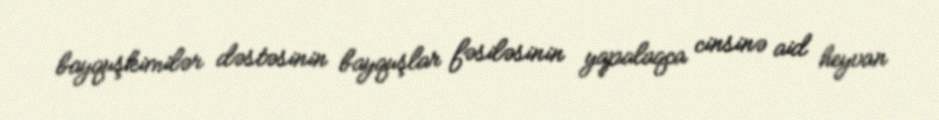
bayquşkimilər dəstəsinin bayquşlar fəsiləsinin yapalaqca cinsinə aid heyvan